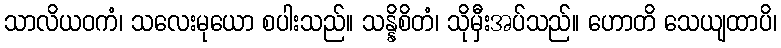
သာလိယဝကံ၊ သလေးမုယော စပါးသည်။ သန္နိစိတံ၊ သိုမှီးအပ်သည်။ ဟောတိ သေယျထာပိ၊